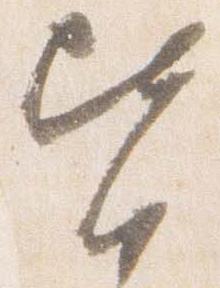
皆